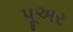
પૂઅર